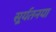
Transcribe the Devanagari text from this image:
सूर्यतनया